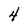
Character: 4